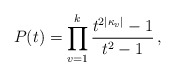
\begin{align*}P(t) = \prod_{v=1}^k \frac{t^{2 |\kappa_v|}-1}{t^2-1} \, ,\end{align*}